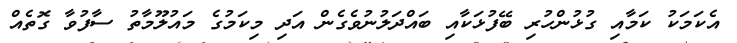
އެކަމަކު ކަމާއި ގުޅުންހުރި ބޭފުޅަކާއި ބައްދަލުނުވެގެން އަދި މިކަމުގެ މައުލޫމާތު ސާފުވާ ގޮތެއް